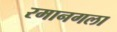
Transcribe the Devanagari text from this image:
रमानगला